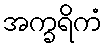
အက္ခရိကံ